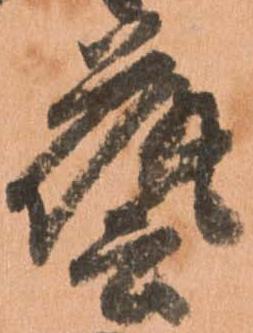
藝